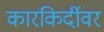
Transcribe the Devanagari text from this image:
कारकिर्दीवर